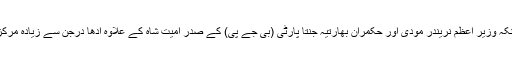
ان انتخابات کی خصوصیت یہ ہے، چونکہ وزیر اعظم نریندر مودی اور حکمران بھارتیہ جنتا پارٹی (بی جے پی) کے صدر امیت شاہ کے علاوہ آدھا درجن سے زیادہ مرکزی وزراء کا تعلق گجرات سے ہی ہے۔